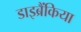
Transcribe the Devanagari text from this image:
डाइब्रैंकिया